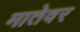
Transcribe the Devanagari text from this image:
मातेवर